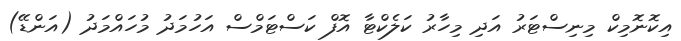
އިކޮނޮމިކް މިނިސްޓަރު އަދި މިހާރު ކަލެކްޓާ އޮފް ކަސްޓަމްސް އަހުމަދު މުހައްމަދު (އަންޑޭ)